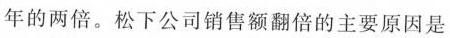
年的两倍。松下公司销售额翻倍的主要原因是